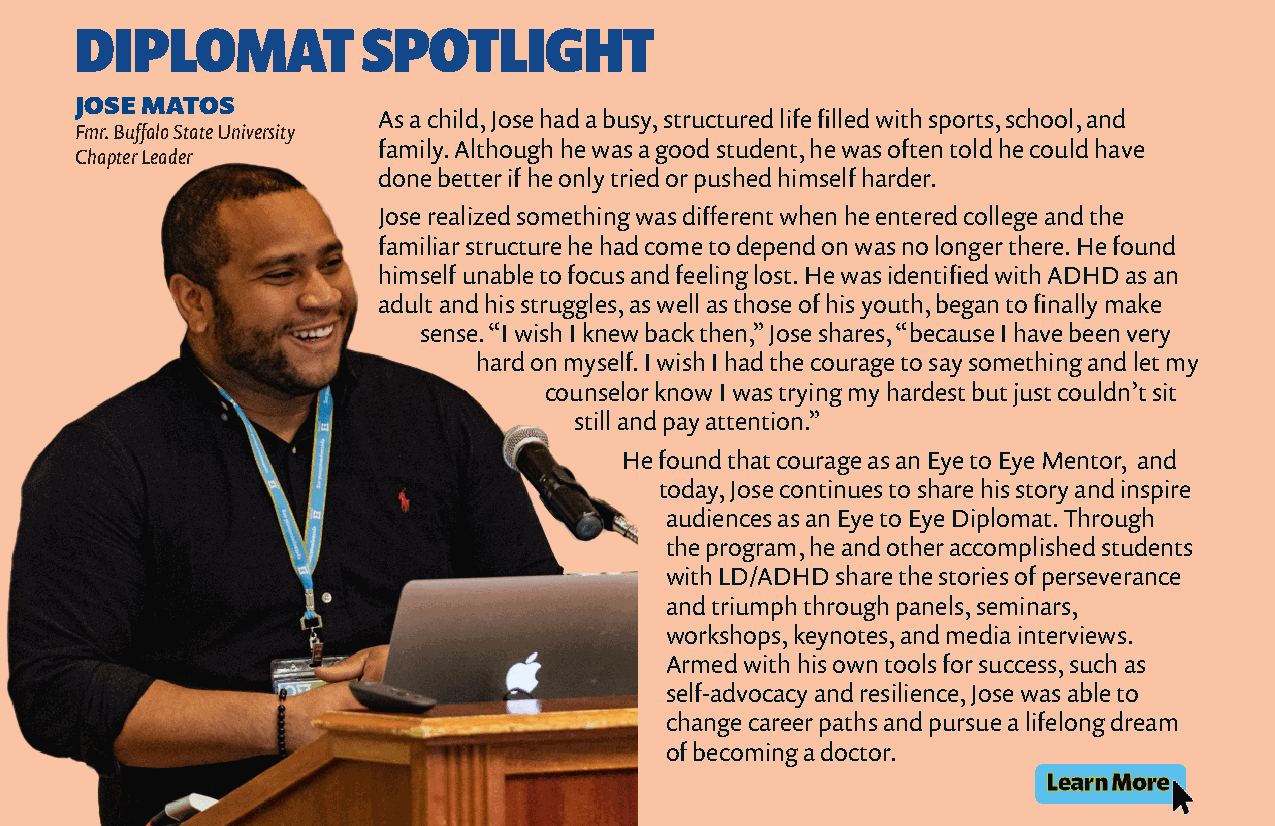
DIPLOMAT           SPOTLIGHT
 JOSE MATOS
 As a child, Jose had a busy, structured life filled with sports, school, and
 Fmr. Buffalo State University
 family. Although he was a good student, he was often told he could have
 Chapter Leader
 done better if he only tried or pushed himself harder.
 Jose realized something was different when he entered college and the
 familiar structure he had come to depend on was no longer there. He found
 himself unable to focus and feeling lost. He was identified with ADHD as an
 adult and his struggles, as well as those of his youth, began to finally make
 sense. “I wish I knew back then,” Jose shares, “because I have been very
 hard on myself. I wish I had the courage to say something and let my
 counselor know I was trying my hardest but just couldn’t sit
 still and pay attention.”
 He found that courage as an Eye to Eye Mentor, and
 today, Jose continues to share his story and inspire
 audiences as an Eye to Eye Diplomat. Through
 the program, he and other accomplished students
 with LD/ADHD share the stories of perseverance
 and triumph through panels, seminars,
 workshops, keynotes, and media interviews.
 Armed with his own tools for success, such as
 self-advocacy and resilience, Jose was able to
 change career paths and pursue a lifelong dream
 of becoming a doctor.